Subject: cs
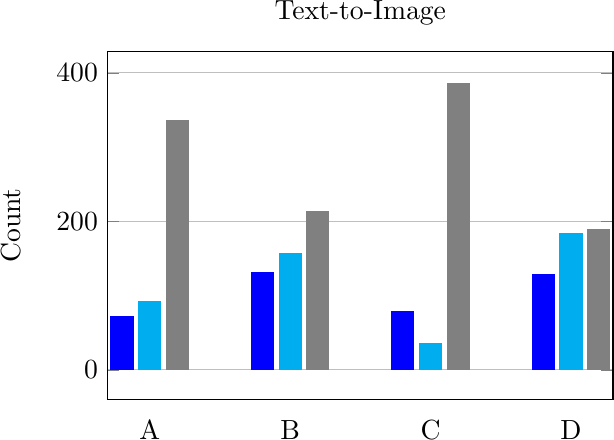
LaTeX code:
        \begin{tikzpicture}
            \begin{axis}[
                major x tick style = transparent,
                ybar,
                bar width=8pt,
                ymajorgrids = true,
                width=8cm,height=6cm,
                title=Text-to-Image,
                ylabel = Count,
                symbolic x coords={A,B,C,D},
                xtick = data,
                scaled y ticks = false,
                ymin = -40,
            ]
                \addplot[style={blue,fill=blue,mark=none}]
                    coordinates {(A,72) (B,131) (C,79) (D,128)};

                \addplot[style={cyan,fill=cyan,mark=none}]
                    coordinates {(A,92) (B,156) (C,35) (D,183)};

                \addplot[style={gray,fill=gray,mark=none}]
                    coordinates {(A,336) (B,213) (C,386) (D,189)};
                \end{axis}
        \end{tikzpicture}